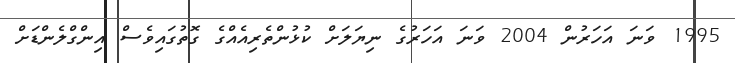
1995 ވަނަ އަހަރުން 2004 ވަނަ އަހަރުގެ ނިޔަލަށް ކުޅުންތެރިއެއްގެ ގޮތުގައިވެސް އިންގްލެންޑަށް